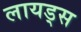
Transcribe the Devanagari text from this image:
लायड्स